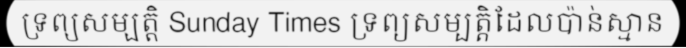
ទ្រព្យសម្បត្តិ Sunday Times ទ្រព្យសម្បត្តិដែលប៉ាន់ស្មាន